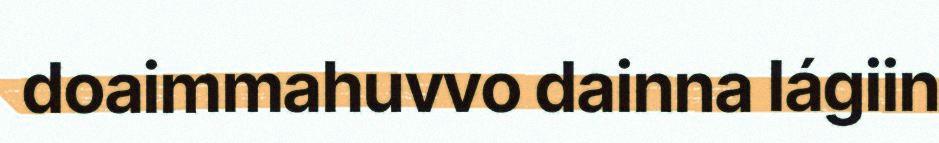
doaimmahuvvo dainna lágiin